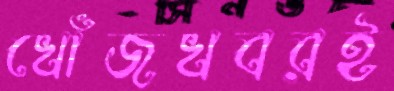
খোঁজখবরই